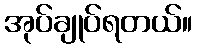
အုပ်ချုပ်ရတယ်။